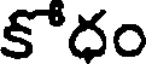
కోదం